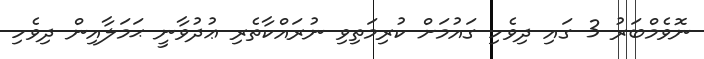
ނޮވެމްބަރު 3 ގައި ދިވެހި ގައުމަށް ކުރިމަތިވި ނުރައްކާތެރި ޢުދުވާނީ ޙަމަލާއިން ދިވެހި